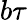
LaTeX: b\tau